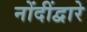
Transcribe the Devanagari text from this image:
नोंदींद्वारे